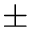
\pm